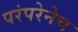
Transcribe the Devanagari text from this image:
परंपरेनेच